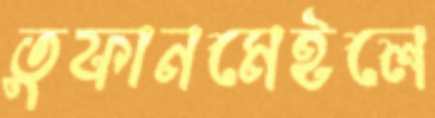
তুফানমেইলে